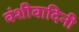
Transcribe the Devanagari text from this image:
वंशीवादिनी